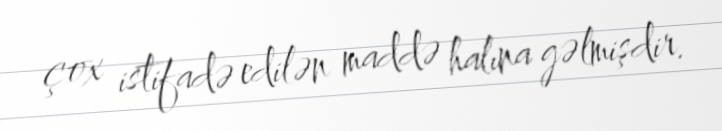
çox istifadə edilən maddə halına gəlmişdir.